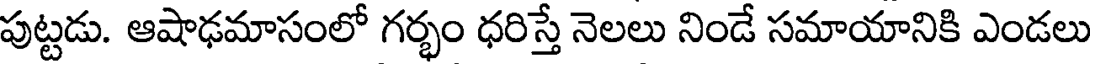
పుట్టడు. ఆషాఢమాసంలో గర్భం ధరిస్తే నెలలు నిండే సమాయానికి ఎండలు